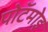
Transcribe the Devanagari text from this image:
पोटॅमोइ